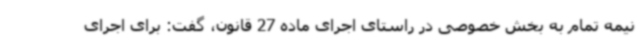
نیمه تمام به بخش خصوصی در راستای اجرای ماده 27 قانون، گفت: برای اجرای